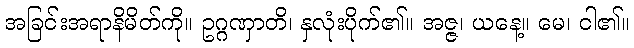
အခြင်းအရာနိမိတ်ကို။ ဥဂ္ဂဏှာတိ၊ နှလုံးပိုက်၏။ အဇ္ဇ၊ ယနေ့။ မေ၊ ငါ၏။